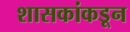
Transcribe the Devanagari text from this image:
शासकांकडून